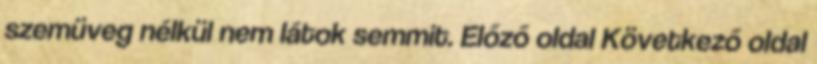
szemüveg nélkül nem látok semmit. Előző oldal Következő oldal